Statistics compiled by the Government of India from the reports of provincial Civil Veterinary Departments
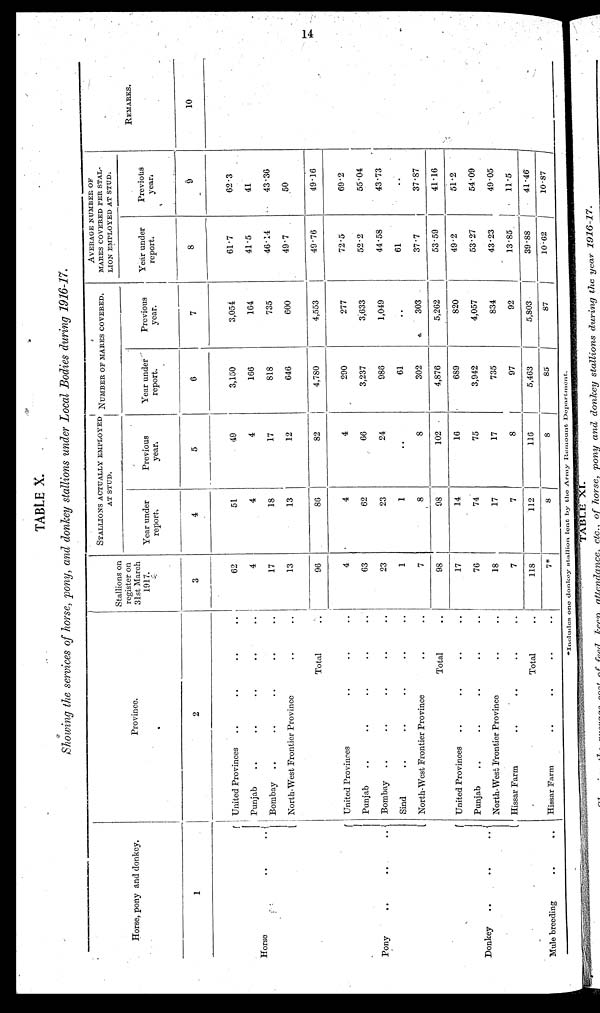
14
TABLE X.
Showing the services of horse, pony, and donkey stallions under Local Bodies during 1916-17.
Horse, pony and donkey.
1
Horse
..
..
Pony .. .. ..
Donkey .. .. ..
Mule breeding .. ..
Province.
2
United Provinces .. .... ..
Punjab
..
..
....
..
Bombay
..
..
....
..
North-West Frontier Province.. ..
Total ..
United Provinces .... ..
Punjab
..
..
....
..
Bombay .. .. .... ..
Sind
..
..
....
North-West Frontier
Province..
..
Total ..
United Provinces
..
....
Punjab
..
..
....
..
North-West Frontier
Province..
..
Hissar Farm .. .. .. ..
Total ..
Hissar Farm
..
....
..
Stallions on
register on
31st March
1917.
3
62
4
17
13
96
4
63
23
1
7
98
17
76
18
7
118
7*
STALLIONS ACTUALLY EMPLOYED
AT STUD.
Year under
report.
4
51
4
18
13
86
4
62
23
1
8
98
14
74
17
7
112
8
Previous
year.
5
49
4
17
12
82
4
66
24
..
8
102
16
75
17
8
116
8
NUMBER OF MARES COVERED.
Year under
report.
6
3,150
166
818
646
4,780
290
3,237
986
61
302
4,876
689
3,942
735
97
5,463
85
Previous
year.
7
3,054
164
735
600
4,553
277
3,633
1,049
..
303
5,262
820
4,057
834
92
5,803
87
AVERAGE NUMBER OF
MARES COVERED PER STAL-
LION EMPLOYED AT STUD.
Year under
report.
8
61.7
41.5
46.14
49.7
49.76
72.5
52.2
44.58
61
37.7
53.59
49.2
53.27
43.23
13.85
39.88
10.62
Previous
year.
9
62.3
41
43.36
50
49.16
69.2
55.04
43.73
..
37.87
41.16
51.2
54.09
49.05
11.5
41.46
10.87
REMARKS.
10